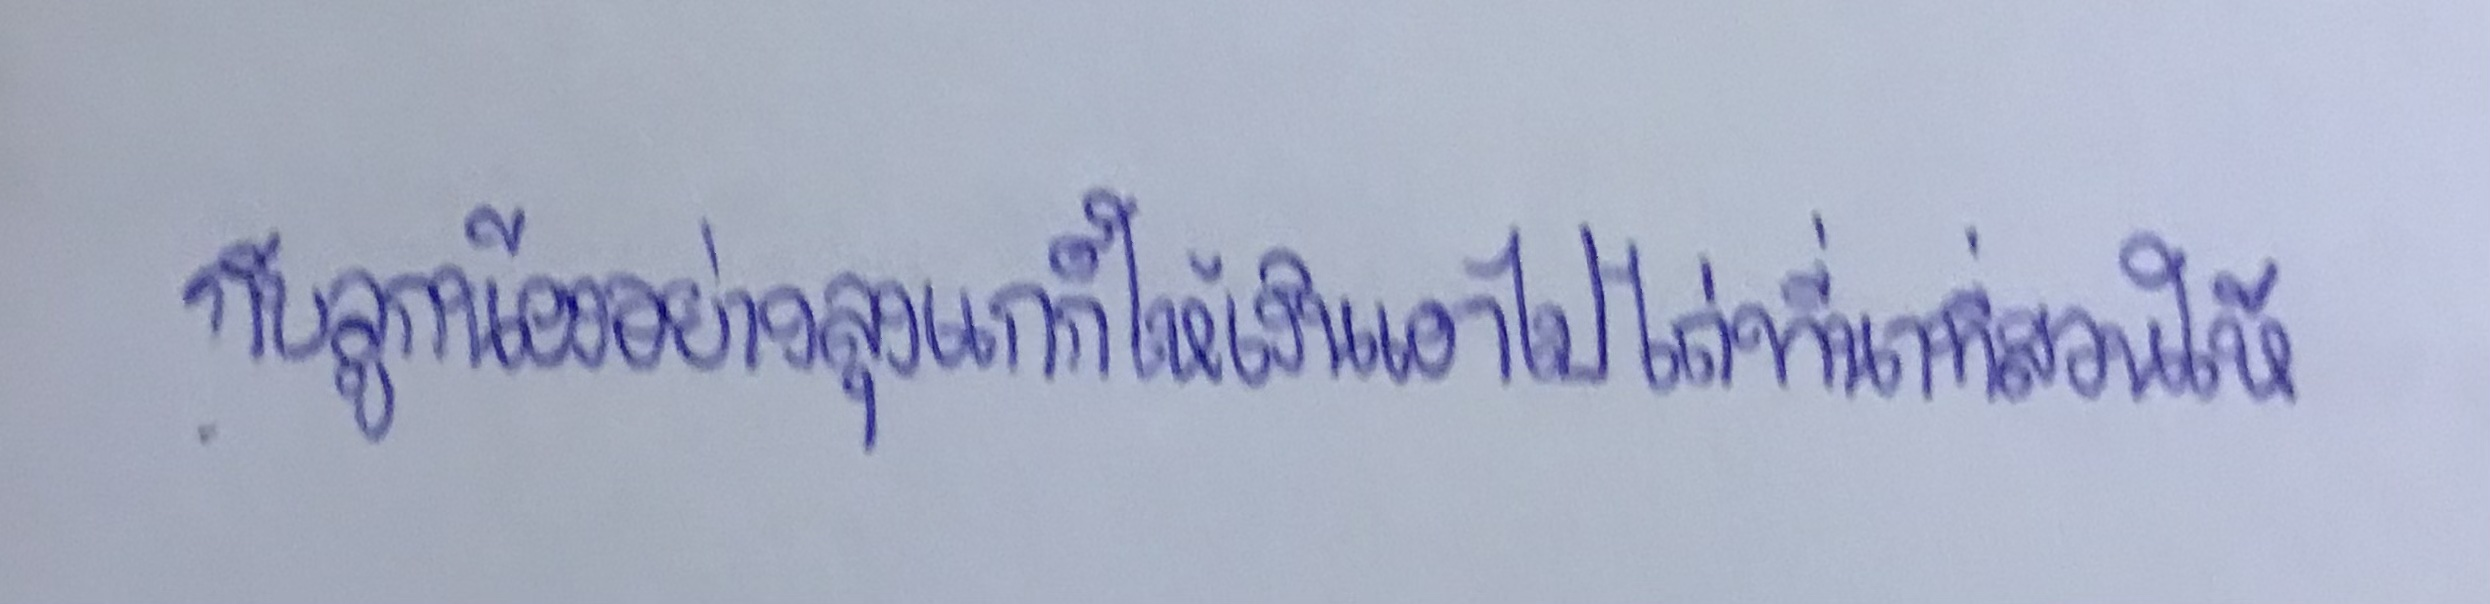
กับลูกน้องอย่างลุงแกก็ให้เงินเอาไปไถ่ที่นาที่สวนให้